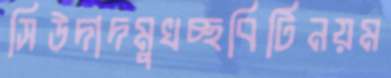
সিউদাদমুখচ্ছবিটিনয়ম